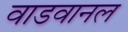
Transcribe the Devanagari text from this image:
वाडवानल